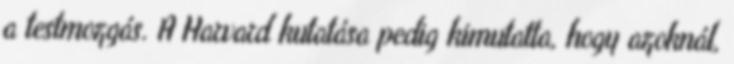
a testmozgás. A Harvard kutatása pedig kimutatta, hogy azoknál,